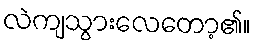
လဲကျသွားလေတော့၏။